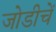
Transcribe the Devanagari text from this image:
जोडीचें